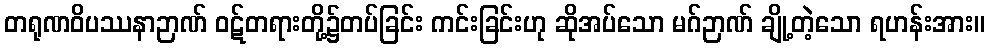
တရုဏဝိပဿနာဉာဏ် ဝဋ်တရားတို့၌တပ်ခြင်း ကင်းခြင်းဟု ဆိုအပ်သော မဂ်ဉာဏ် ချို့တဲ့သော ရဟန်းအား။